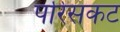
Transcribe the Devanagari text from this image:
परिसंकट